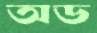
অড